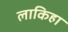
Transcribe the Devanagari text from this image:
लाकिहा